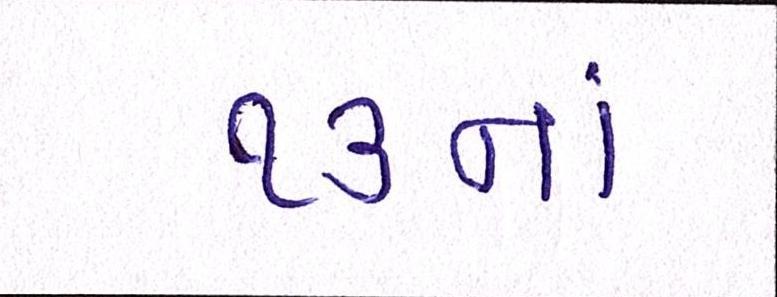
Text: ૧૩નાં